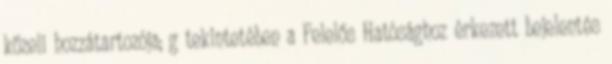
közeli hozzátartozója; g tekintetében a Felelős Hatósághoz érkezett bejelentés